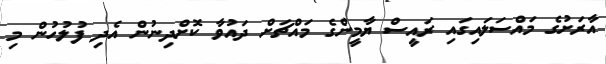
އާރަށުގެ މައްސަލައިގައި ރައީސް ޔާމީންގެ މައްޗަށް ދައުވާ ކޮށްދިނުން އެދި ފުލުހުން މި